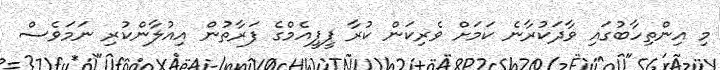
މި އިންތިހާބުގައި ވާދަކުރާނެ ކަމަށް ވެރިކަން ކުރާ ޕީޕީއެމްގެ ފަރާތުން އިއުލާންކުރި ނަމަވެސް